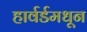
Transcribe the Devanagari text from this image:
हार्वर्डमधून